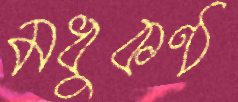
মধুকণ্ঠ